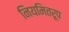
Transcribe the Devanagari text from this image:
नियमितरूप